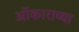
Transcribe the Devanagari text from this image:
ओंकाराच्या